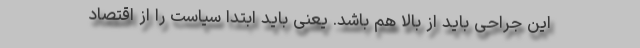
این جراحی باید از بالا هم باشد. یعنی باید ابتدا سیاست را از اقتصاد